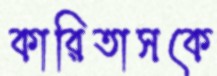
কারিতাসকে